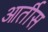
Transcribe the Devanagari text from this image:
आर्तीस